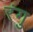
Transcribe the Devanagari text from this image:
रंगु